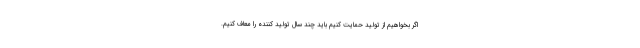
اگر بخواهیم از تولید حمایت کنیم باید چند سال تولید کننده را معاف کنیم.